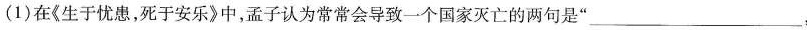
(1)在《生于忧患，死于安乐》中，孟子认为常常会导致一个国家灭亡的两句是___，